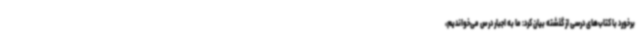
برخورد با کتاب‌های درسی از گذشته بیان کرد: ما به اجبار درس می‌خواندیم،